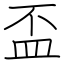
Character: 盃